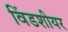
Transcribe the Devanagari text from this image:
विंडशीयर